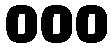
000